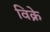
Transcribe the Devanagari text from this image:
विक्रे